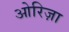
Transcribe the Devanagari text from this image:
ओरिज़ा